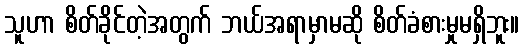
သူဟာ စိတ်ခိုင်တဲ့အတွက် ဘယ်အရာမှာမဆို စိတ်ခံစားမှုမရှိဘူး။